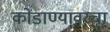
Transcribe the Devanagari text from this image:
कोंडाण्यावरचा